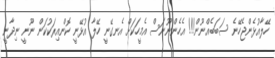
ހޭލާއުޅެންޖެހޭނެ ސަބަބެއްނޫން!!! އެހެންނޫނަސް އެމީހަކަށް އެނގޭނީ ހޭލާ އުޅޭނީ ކޮންއިރަކުކަން ނޫނީ ނިދާނީ